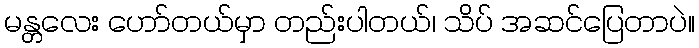
မန္တလေး ဟော်တယ်မှာ တည်းပါတယ်၊ သိပ် အဆင်ပြေတာပဲ။